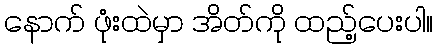
နောက် ဖုံးထဲမှာ အိတ်ကို ထည့်ပေးပါ။